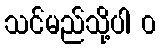
သင်မည်သို့ပါ ၀